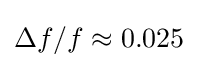
\Delta {}f/f\approx 0.025